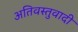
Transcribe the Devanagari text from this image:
अतिवस्तुवादी